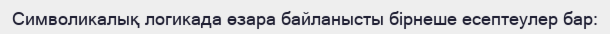
Символикалық логикада өзара байланысты бірнеше есептеулер бар: